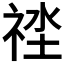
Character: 𥙲